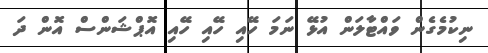
ނިކުމެގެން ވައްޓާލަން އުޅޭ ނަމަ ހޭއި ހޭއި ހޭއި އޮޕްޝަންސް އޮން ދަ